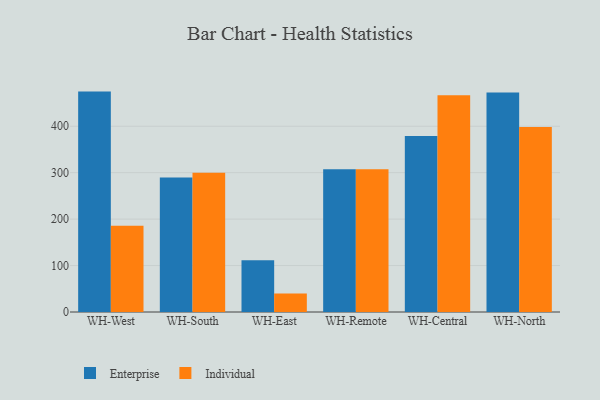
{"axis": {"x": "Warehouse", "y": "Satisfaction Score"}, "legend": ["Enterprise", "Individual"], "data": [{"x": "WH-West", "y": 474.6, "type": "Enterprise"}, {"x": "WH-West", "y": 185.8, "type": "Individual"}, {"x": "WH-South", "y": 289.5, "type": "Enterprise"}, {"x": "WH-South", "y": 299.9, "type": "Individual"}, {"x": "WH-East", "y": 111.5, "type": "Enterprise"}, {"x": "WH-East", "y": 40.1, "type": "Individual"}, {"x": "WH-Remote", "y": 307.6, "type": "Enterprise"}, {"x": "WH-Remote", "y": 307.6, "type": "Individual"}, {"x": "WH-Central", "y": 379.1, "type": "Enterprise"}, {"x": "WH-Central", "y": 466.5, "type": "Individual"}, {"x": "WH-North", "y": 472.6, "type": "Enterprise"}, {"x": "WH-North", "y": 398.2, "type": "Individual"}]}